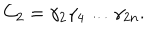
C _ { 2 } = \gamma _ { 2 } \gamma _ { 4 } \ldots \gamma _ { 2 n } .